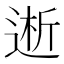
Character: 𮞝